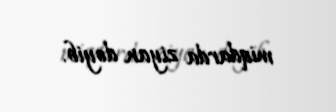
miqdarda ziyan dəyib.